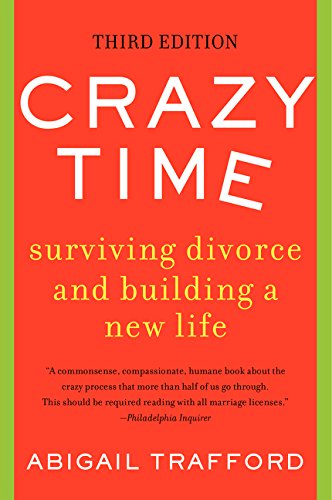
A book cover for Crazy Time: Surviving Divorce and Building a New Life, Third Edition; Abigail Trafford; Parenting & Relationships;